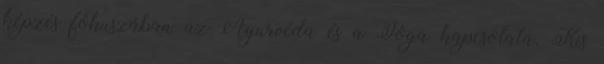
képzés fókuszában az Ayurvéda és a Jóga kapcsolata. Kis